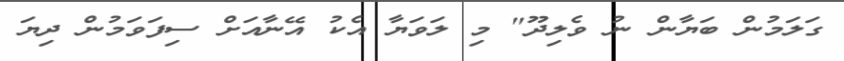
ގަލަމުން ބަޔާން ނު ވެލިދޫ" މި ލަވަޔާ އެކު އޭނާއަށް ސިފަވަމުން ދިޔަ